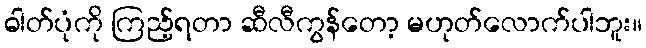
ဓါတ်ပုံကို ကြည့်ရတာ ဆီလီကွန်တော့ မဟုတ်လောက်ပါဘူး။